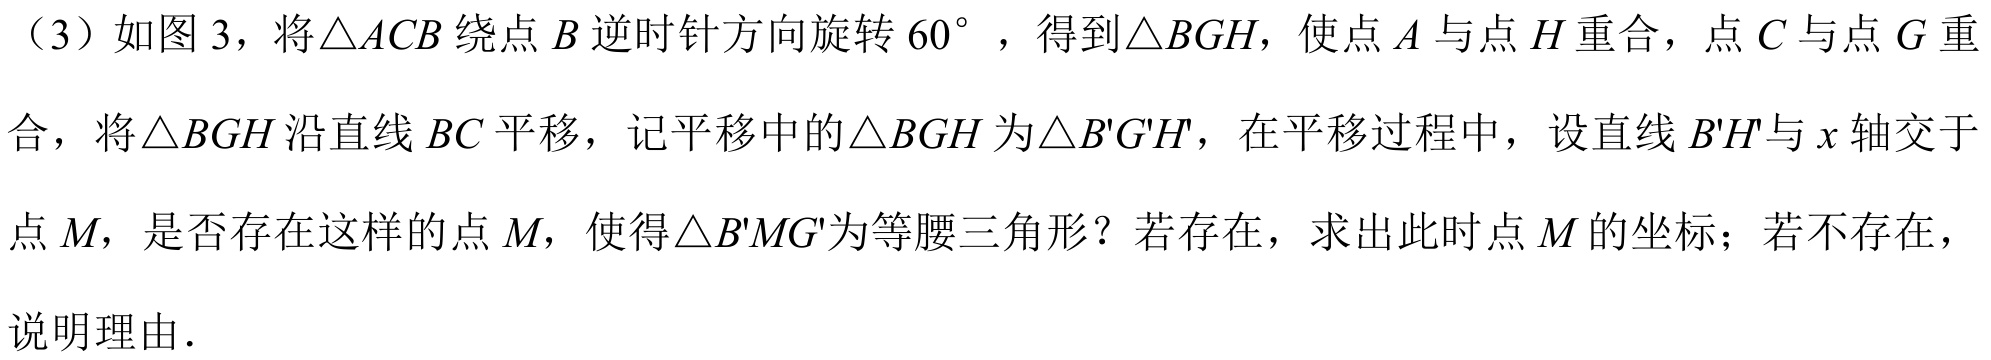
（3）如图3，将\(\triangle ACB\)绕点\(B\)逆时针方向旋转\(60^{\circ}\)，得到\(\triangle BGH\)，使点\(A\)与点\(H\)重合，点\(C\)与点\(G\)重
合，将\(\triangle BGH\)沿直线\(BC\)平移，记平移中的\(\triangle BGH\)为\(\triangle B'G'H'\)，在平移过程中，设直线\(B'H'\)与\(x\)轴交于
点\(M\)，是否存在这样的点\(M\)，使得\(\triangle B'MG'\)为等腰三角形？若存在，求出此时点\(M\)的坐标；若不存在，
说明理由.